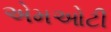
એમઓટી